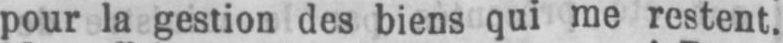
pour la gestion des biens qui me restent.